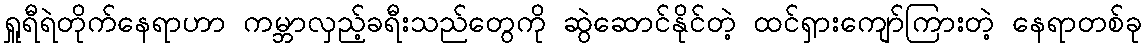
ရှူရီရဲတိုက်နေရာဟာ ကမ္ဘာလှည့်ခရီးသည်တွေကို ဆွဲဆောင်နိုင်တဲ့ ထင်ရှားကျော်ကြားတဲ့ နေရာတစ်ခု